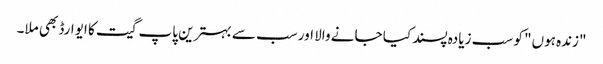
"زندہ ہوں" کو سب زیادہ پسند کیا جانے والا اور سب سے بہترین پاپ گیت کا ایوارڈ بھی ملا۔